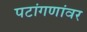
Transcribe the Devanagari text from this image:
पटांगणांवर